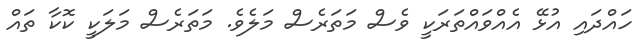
ހައްދައި އުޅޭ އެއްވައްތަރަކީ ވެސް މަތަރެސް މަލެވެ. މަތަރެސް މަލަކީ ކޮކާ ތައް